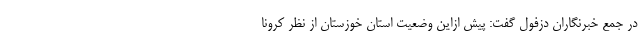
در جمع خبرنگاران دزفول گفت: پیش ازاین وضعیت استان خوزستان از نظر کرونا